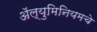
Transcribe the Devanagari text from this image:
अॅल्युमिनियमचे